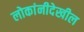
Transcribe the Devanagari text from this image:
लोकांनीदेखील